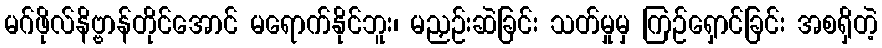
မဂ်ဖိုလ်နိဗ္ဗာန်တိုင်အောင် မရောက်နိုင်ဘူး၊ မညှဉ်းဆဲခြင်း သတ်မှုမှ ကြဉ်ရှောင်ခြင်း အစရှိတဲ့